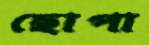
ছোপা